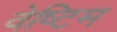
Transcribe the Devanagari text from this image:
वेष्टिम